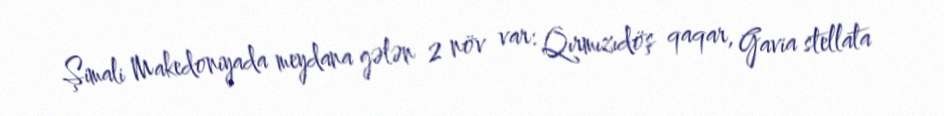
Şimali Makedoniyada meydana gələn 2 növ var: Qırmızıdöş qaqar, Gavia stellata